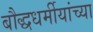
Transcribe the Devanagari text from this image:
बौद्धधर्मीयांच्या